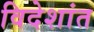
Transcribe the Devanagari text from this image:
विदेशांत